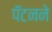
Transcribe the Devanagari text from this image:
पॅटनने